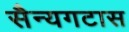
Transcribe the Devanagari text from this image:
सैन्यगटास